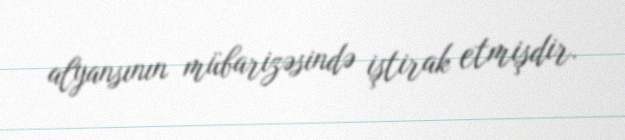
alyansının mübarizəsində iştirak etmişdir.